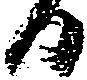
日